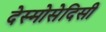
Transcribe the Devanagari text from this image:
देस्मोसेदिसी